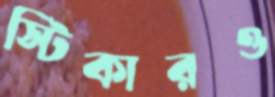
স্টিকারও